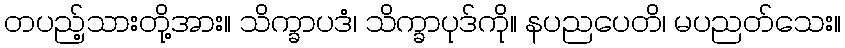
တပည့်သားတို့အား။ သိက္ခာပဒံ၊ သိက္ခာပုဒ်ကို။ နပညပေတိ၊ မပညတ်သေး။